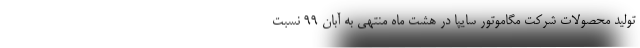
تولید محصولات شرکت مگاموتور سایپا در هشت ماه منتهی به آبان 99 نسبت